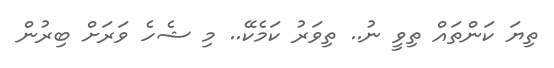
ތިޔަ ކަންތައް ތިވީ ނު.. ތިވަރު ކަމެކޭ.. މި ޝެހެ ވަރަށް ބިރުން